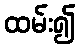
ထမ်း၍